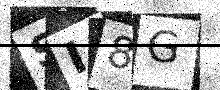
Text: SI8G